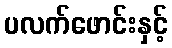
ပလက်ဖောင်းနှင့်